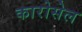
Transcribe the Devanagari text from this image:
कारोसेल